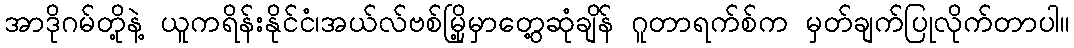
အာဒိုဂမ်တို့နဲ့ ယူကရိန်းနိုင်ငံ၊အယ်လ်ဗစ်မြို့မှာတွေ့ဆုံချိန် ဂူတာရက်စ်က မှတ်ချက်ပြုလိုက်တာပါ။